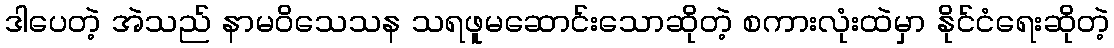
ဒါပေတဲ့ အဲသည် နာမဝိသေသန သရဖူမဆောင်းသောဆိုတဲ့ စကားလုံးထဲမှာ နိုင်ငံရေးဆိုတဲ့